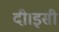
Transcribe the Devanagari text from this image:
दी।इसी